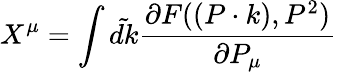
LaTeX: X^{\mu}=\int\tilde{dk}\frac{\partial F((P\cdot k),P^{2})}{\partial P_{\mu}}